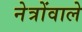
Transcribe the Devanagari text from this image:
नेत्रोंवाले